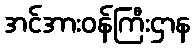
အင်အားဝန်ကြီးဌာန